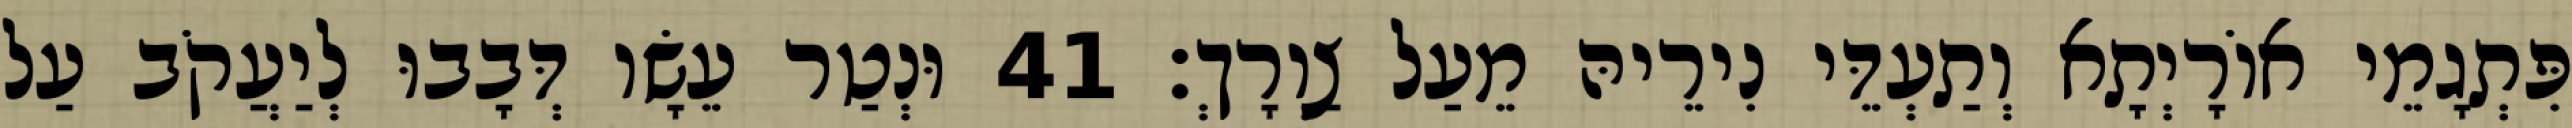
פִּתְגָמֵי אוֹרָיְתָא וְתַעְדֵּי נִירֵיהּ מֵעַל צַוְרָךְ׃ 41 וּנְטַר עֵשָׂו דְּבָבוּ לְיַעֲקֹב עַל